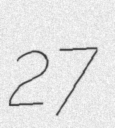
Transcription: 27